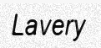
Lavery